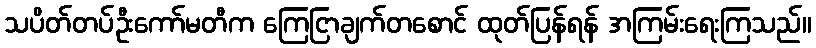
သပိတ်တပ်ဦးကော်မတီက ကြေငြာချက်တစောင် ထုတ်ပြန်ရန် အကြမ်းရေးကြသည်။